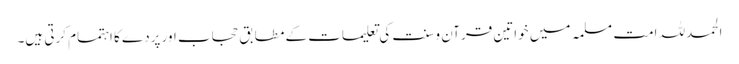
الحمدللہ امت مسلمہ میں خواتین قرآن و سنت کی تعلیمات کے مطابق حجاب اور پردے کا اہتمام کرتی ہیں۔